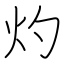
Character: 灼